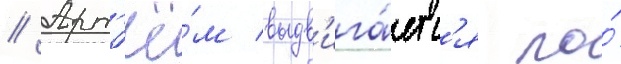
// Арт'ё́м выдв'ига́етс'я по́